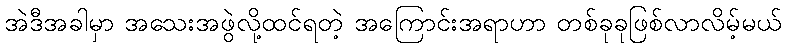
အဲဒီအခါမှာ အသေးအဖွဲလို့ထင်ရတဲ့ အကြောင်းအရာဟာ တစ်ခုခုဖြစ်လာလိမ့်မယ်